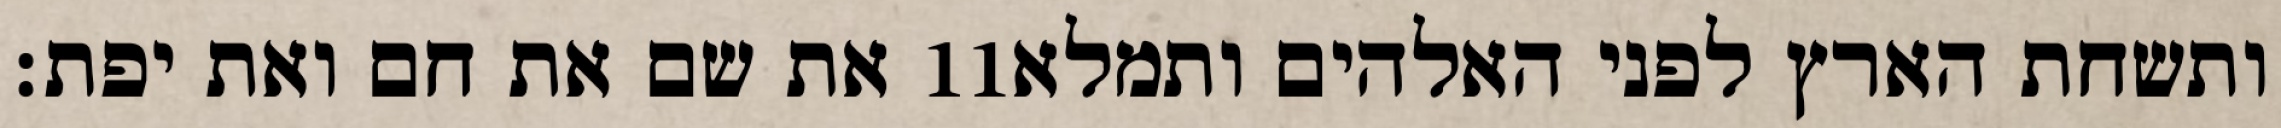
את שם את חם ואת יפת׃ ‎11‏ ותשחת הארץ לפני האלהים ותמלא